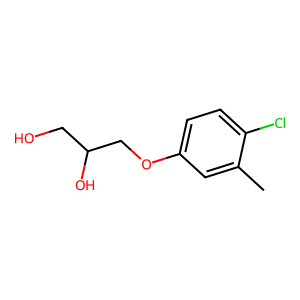
SMILES: Cc1cc(OCC(O)CO)ccc1Cl
Inhibits HIV replication: No